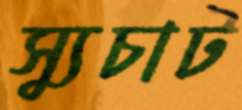
স্যুচাট